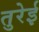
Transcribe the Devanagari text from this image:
तुरेई